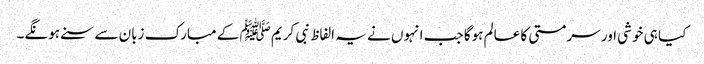
کیا ہی خوشی اور سرمستی کا عالم ہوگا جب انہوں نے یہ الفاظ نبی کریم ﷺ کے مبارک زبان سے سنے ہونگے۔